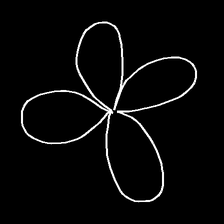
Glyph: billowing